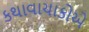
કથાવાચાકોએ